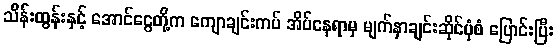
သိန်းထွန်းနှင့် အောင်ငွေတို့က ကျောချင်းကပ် အိပ်နေရာမှ မျက်နှာချင်းဆိုင်ပုံစံ ပြောင်းပြီး